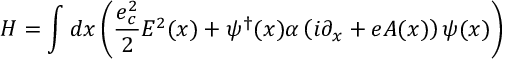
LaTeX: H = \int d x \left( \frac { e _ { c } ^ { 2 } } { 2 } E ^ { 2 } ( x ) + \psi ^ { \dagger } ( x ) \alpha \left( i \partial _ { x } + e A ( x ) \right) \psi ( x ) \right)